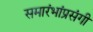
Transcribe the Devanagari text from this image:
समारंभांप्रसंगी